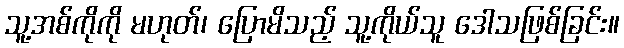
သူ့အစ်ကိုကို မဟုတ်၊ ပြောမိသည့် သူ့ကိုယ်သူ ဒေါသဖြစ်ခြင်း။